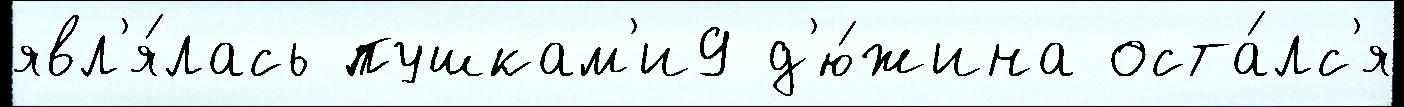
явл'я́лась пушкам'и9 д'ю́жина оста́лс'я